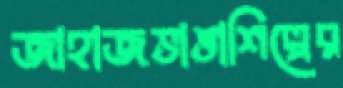
জাহাজভাঙাশিল্পের